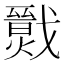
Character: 𢨙